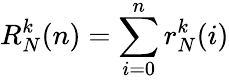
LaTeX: R_{N}^{k}(n)=\sum_{i=0}^{n}r_{N}^{k}(i)